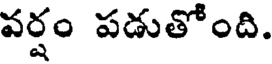
వర్షం పడుతోంది.